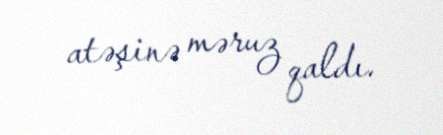
atəşinə məruz qaldı.